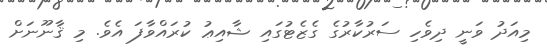
މިއަދު ވަނީ ދިވެހި ސަރުކާރުގެ ގެޒެޓުގައި ޝާއިޢު ކުރައްވާފަ އެވެ. މި ޤާނޫނަށް